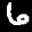
Label: 6